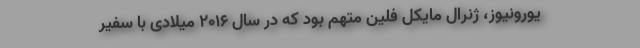
یورونیوز، ژنرال مایکل فلین متهم بود که در سال ۲۰۱۶ میلادی با سفیر